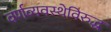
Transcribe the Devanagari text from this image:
वर्णव्यवस्थेविरुद्ध